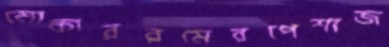
মোকাররমেরপেশাজ